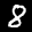
Label: 8